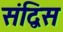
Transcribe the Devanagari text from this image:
संद्विस